Scottish Leaving Certificate Examination, 1960
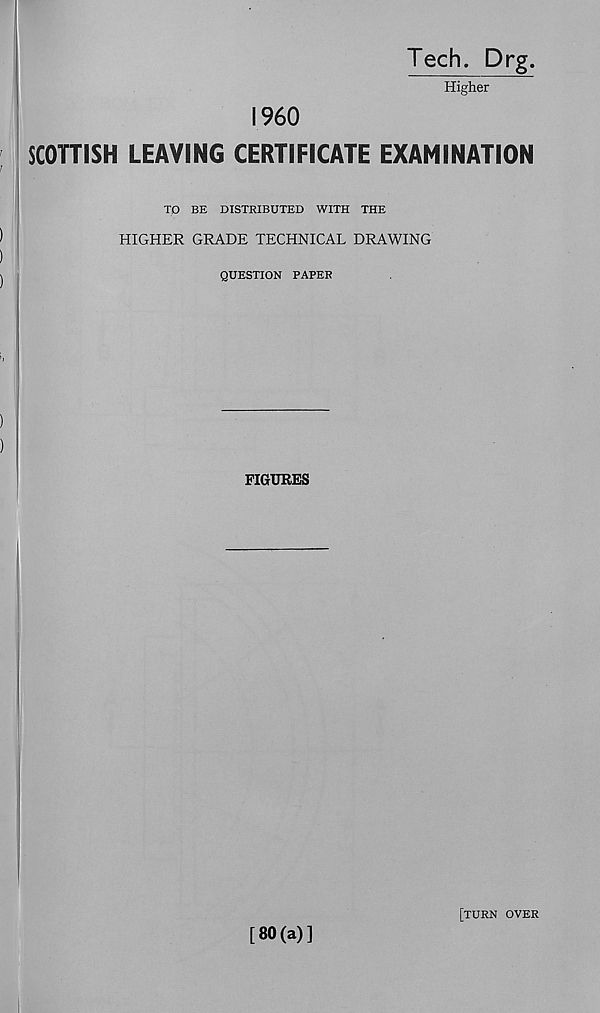
Tech. Drg.
Higher
I960
SCOTTISH LEAVING CERTIFICATE EXAMINATION
TO BE DISTRIBUTED WITH THE
HIGHER GRADE TECHNICAL DRAWING
QUESTION PAPER
[80(a)]
[turn over